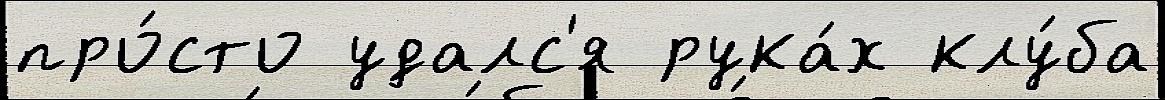
про́сто удалс'я рука́х клу́ба